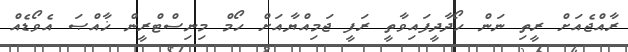
ރާއްޖެއަށް ރީތި ނަން ހޯދާދީފައިވާތީ ރަފީ ޖަމިއްޔާއަށް ހޯމް މިނިސްޓްރީން ޚާއްޞަ އެވޯޑެއް